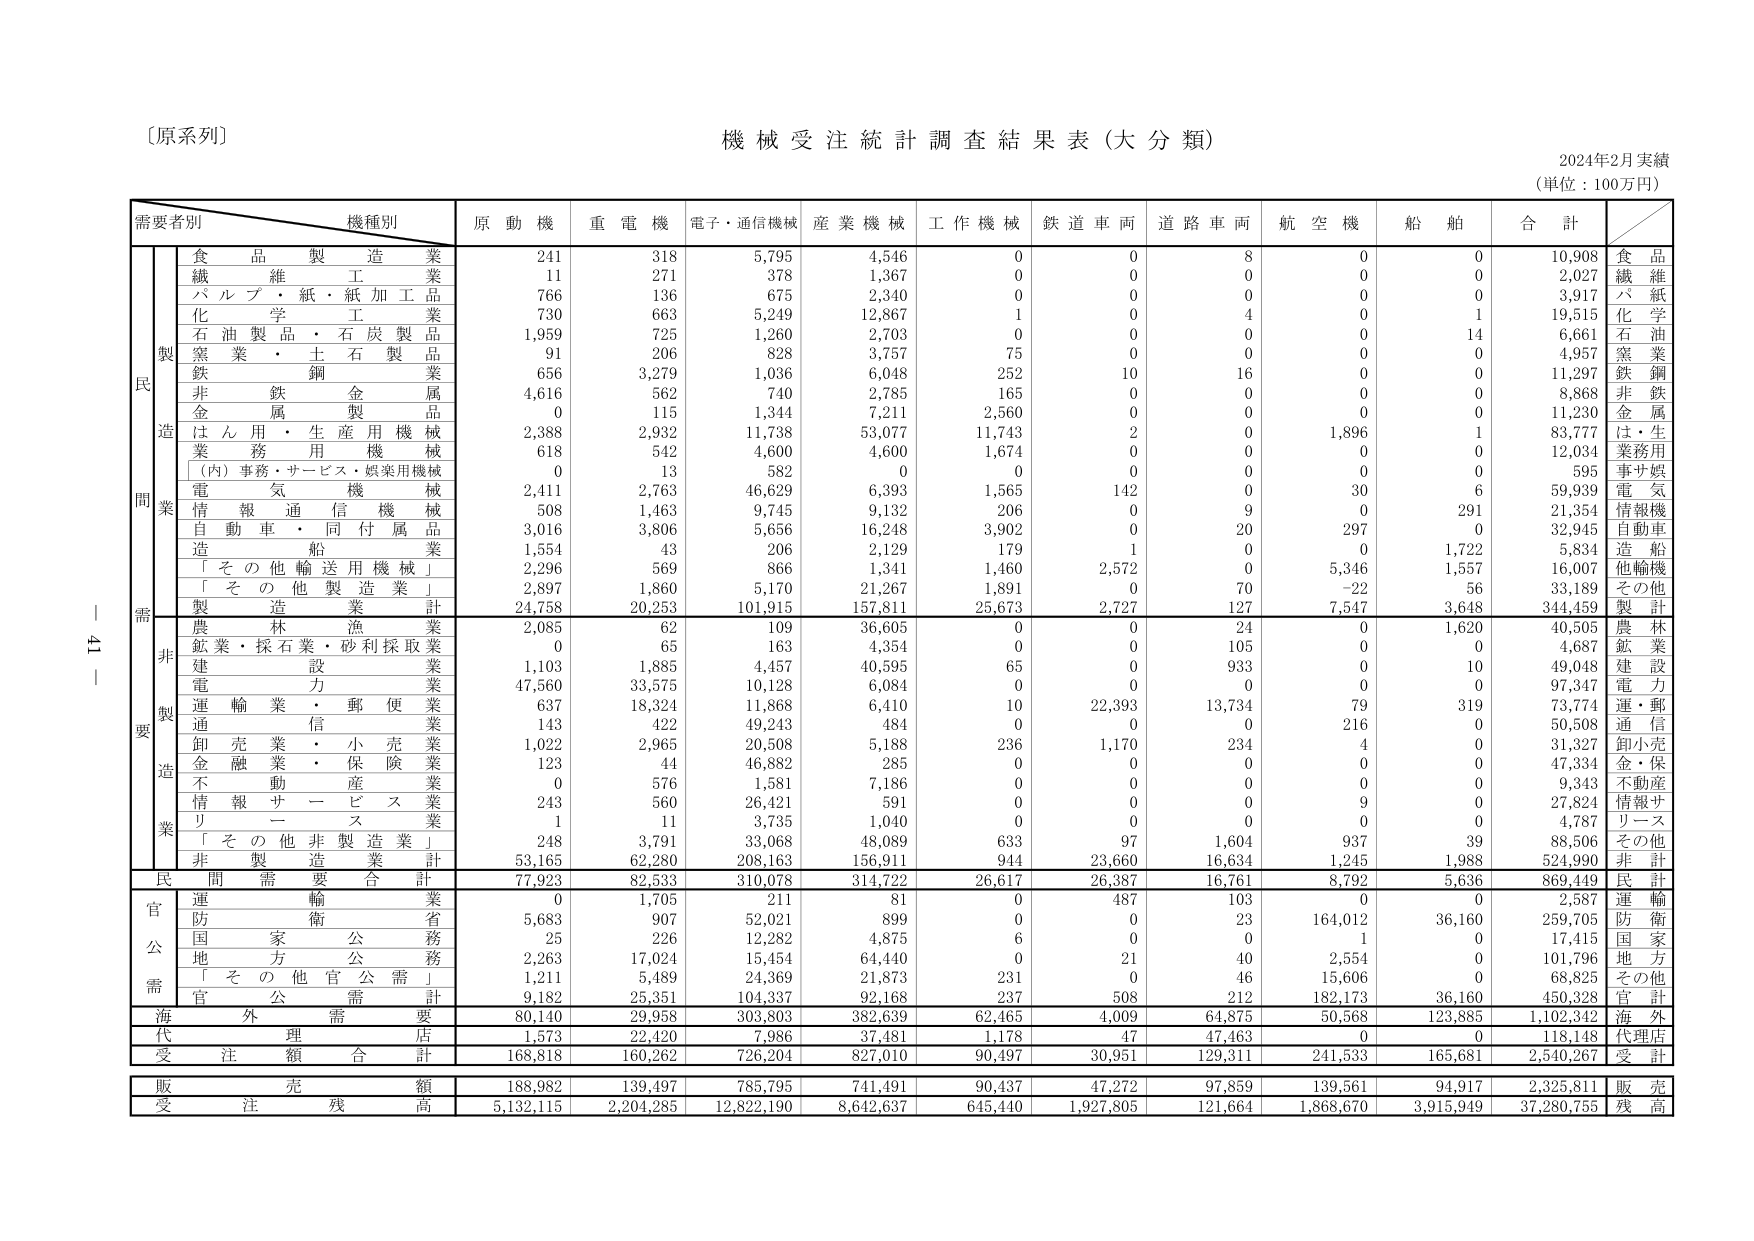
〔原系列〕
機械受注統計調査結果表（大分類）
2024年2月実績
（単位：100万円）

需要者別　機種別
原動機　重電機　電子・通信機械　産業機械　工作機械　鉄道車両　道路車両　航空機　船舶　合計

民
製
造
業
食品製造業